Leaving Certificate Examination (including Day School Certificate (Higher) General paper), 1933
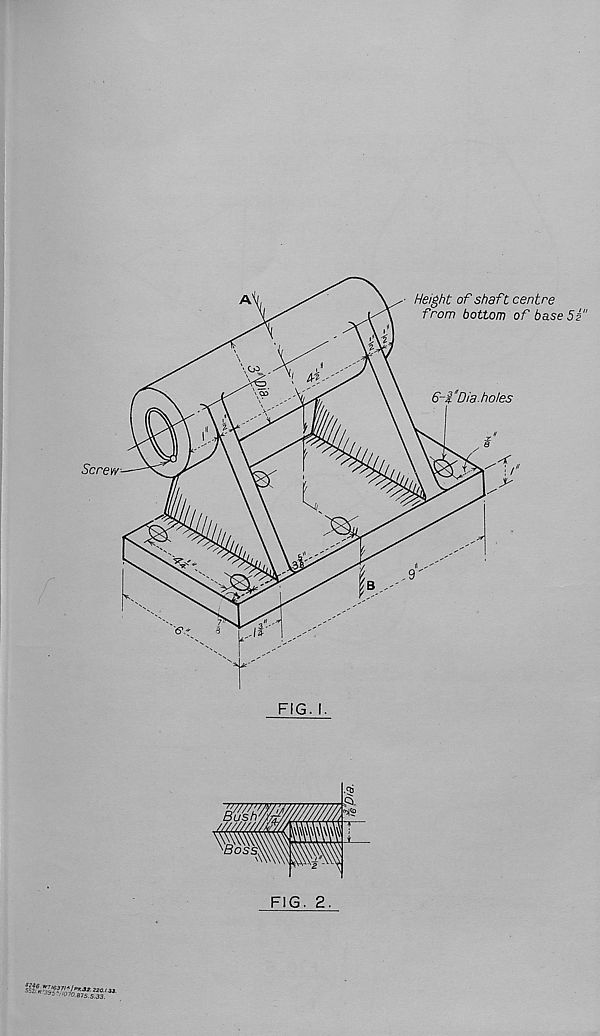
' ■ 220. 1. 34.
5.33.